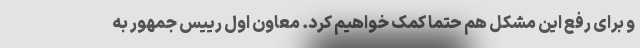
و برای رفع این مشکل هم حتما کمک خواهیم کرد. معاون اول رییس جمهور به